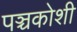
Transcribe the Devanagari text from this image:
पञ्चकोशी